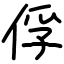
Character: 俘